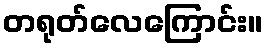
တရုတ်လေကြောင်း။